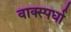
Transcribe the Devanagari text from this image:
वाक्स्पर्धा